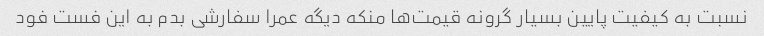
نسبت به کیفیت پایین بسیار گرونه قیمت‌ها منکه دیگه عمرا سفارشی بدم به این فست فود